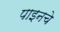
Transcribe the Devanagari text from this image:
पाइनचे